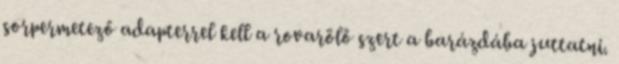
sorpermetező adapterrel kell a rovarölő szert a barázdába juttatni.